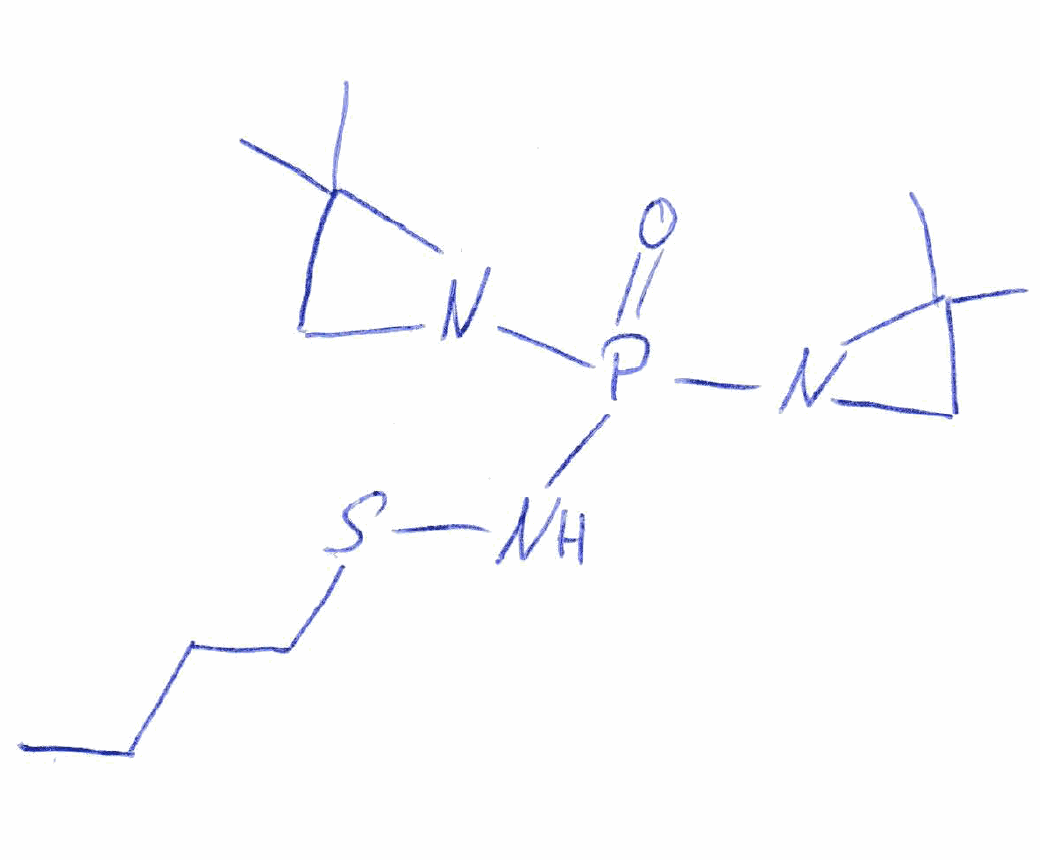
Simplified molecular-input line-entry system (SMILES) notation of the given molecule:
CCCCSNP(=O)(N1CC1(C)C)N2CC2(C)C